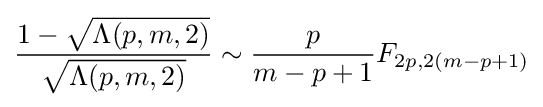
{\frac {1-{\sqrt {\Lambda (p,m,2)}}}{\sqrt {\Lambda (p,m,2)}}}\sim {\frac {p}{m-p+1}}F_{2p,2(m-p+1)}